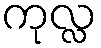
ကုလ္လ